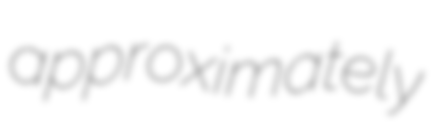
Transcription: approximately